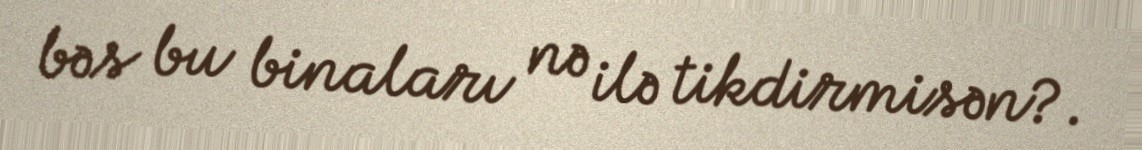
bəs bu binaları nə ilə tikdirmisən?.